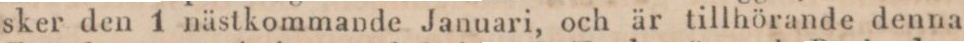
sker den 1 nästkommande Januari, och är tillhörande denna